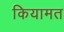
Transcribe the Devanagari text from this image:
कियामत